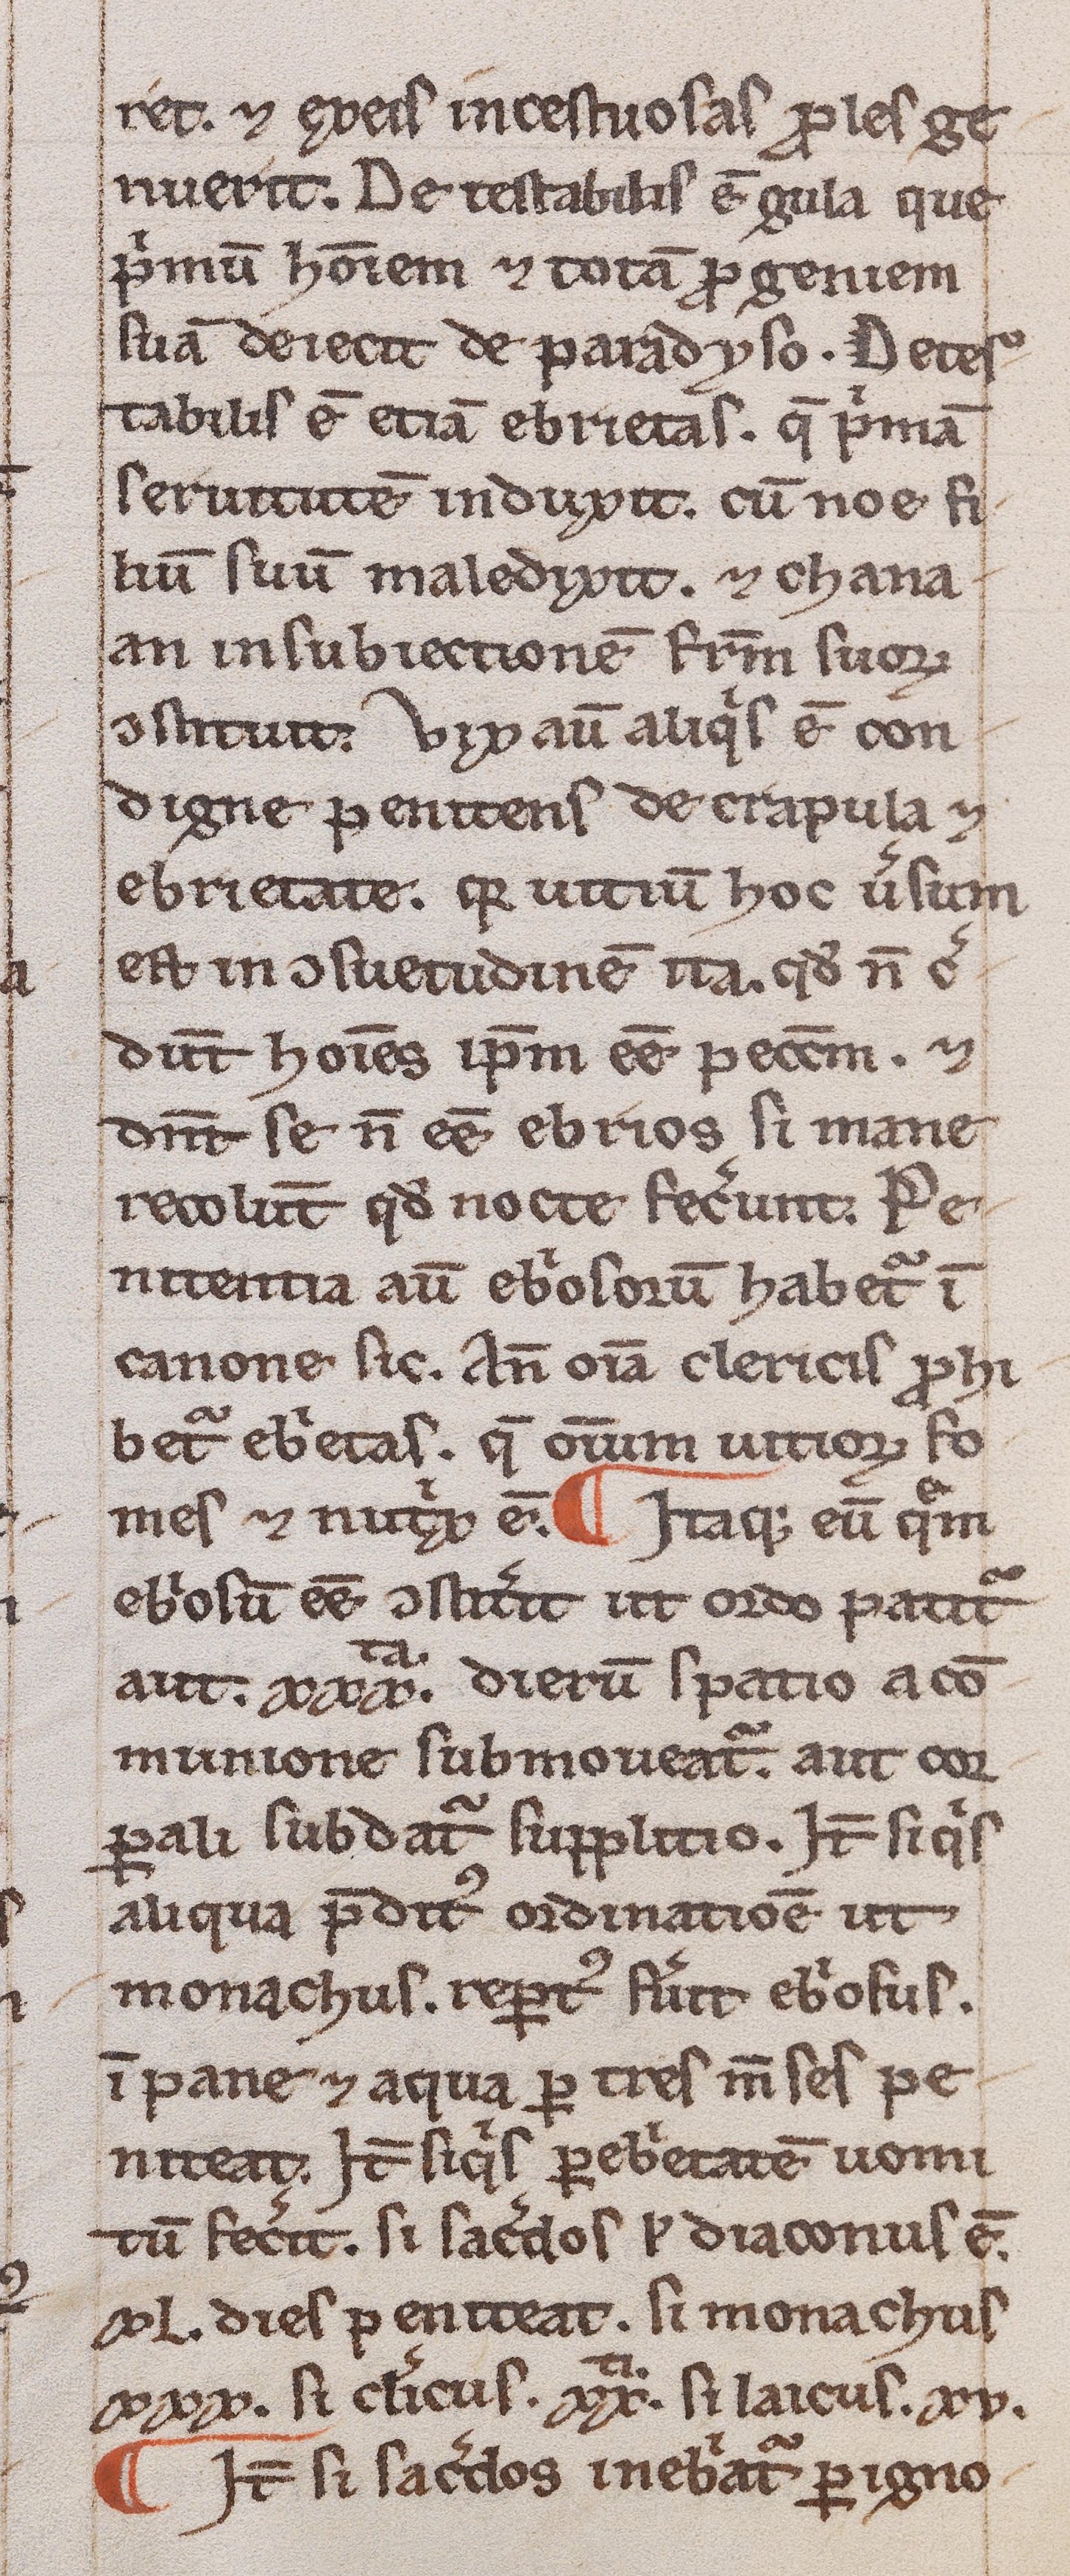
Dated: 1200–1249